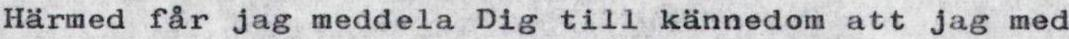
Härmed får jag meddela Dig till kännedom att jag med